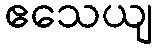
ဧသေယျ